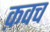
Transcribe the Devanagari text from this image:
क़वच